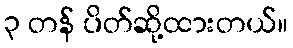
၃ တန် ပိတ်ဆို့ထားတယ်။